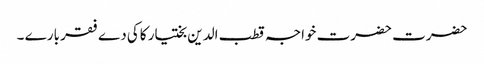
حضرت حضرت خواجہ قطب الدین بختیار کاکی دے فقر بارے ۔